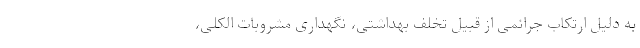
به دلیل ارتکاب جرائمی از قبیل تخلف بهداشتی، نگهداری مشروبات الکلی،